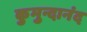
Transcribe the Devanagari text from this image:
कुमुन्दानंद